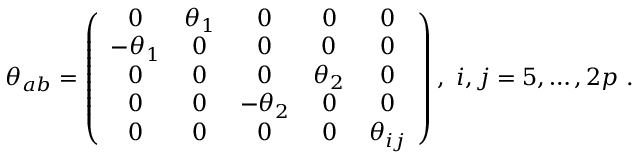
\theta _ { a b } = \left( \begin{array} { c c c c c } { { 0 } } & { { \theta _ { 1 } } } & { { 0 } } & { { 0 } } & { { 0 } } \\ { { - \theta _ { 1 } } } & { { 0 } } & { { 0 } } & { { 0 } } & { { 0 } } \\ { { 0 } } & { { 0 } } & { { 0 } } & { { \theta _ { 2 } } } & { { 0 } } \\ { { 0 } } & { { 0 } } & { { - \theta _ { 2 } } } & { { 0 } } & { { 0 } } \\ { { 0 } } & { { 0 } } & { { 0 } } & { { 0 } } & { { \theta _ { i j } } } \end{array} \right) , \ i , j = 5 , \dots , 2 p \ .